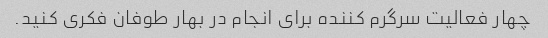
چهار فعالیت سرگرم کننده برای انجام در بهار طوفان فکری کنید.